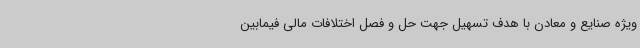
ویژه صنایع و معادن با هدف تسهیل جهت حل و فصل اختلافات مالی فیمابین